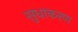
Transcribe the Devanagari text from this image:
सुधाकरण